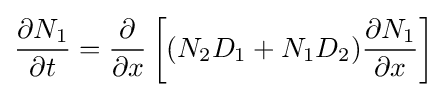
{\frac {\partial N_{1}}{\partial t}}={\frac {\partial }{\partial x}}\left[(N_{2}D_{1}+N_{1}D_{2}){\frac {\partial N_{1}}{\partial x}}\right]